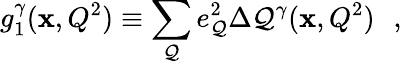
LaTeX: g_{1}^{\gamma}(\mathbf{x},Q^{2})\equiv\sum_{\mathcal{Q}}e_{\mathcal{Q}}^{2}\Delta\mathcal{Q}^{\gamma}(\mathbf{x},Q^{2})\: \: \: ,